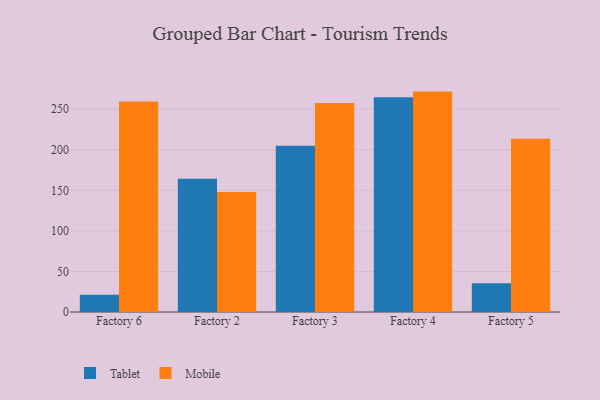
{"axis": {"x": "Factory", "y": "Budget (USD K)"}, "legend": ["Mobile", "Tablet"], "data": [{"x": "Factory 6", "y": 21.3, "type": "Tablet"}, {"x": "Factory 6", "y": 259.6, "type": "Mobile"}, {"x": "Factory 2", "y": 164.2, "type": "Tablet"}, {"x": "Factory 2", "y": 148.0, "type": "Mobile"}, {"x": "Factory 3", "y": 205.0, "type": "Tablet"}, {"x": "Factory 3", "y": 257.5, "type": "Mobile"}, {"x": "Factory 4", "y": 264.7, "type": "Tablet"}, {"x": "Factory 4", "y": 271.7, "type": "Mobile"}, {"x": "Factory 5", "y": 35.4, "type": "Tablet"}, {"x": "Factory 5", "y": 213.7, "type": "Mobile"}]}